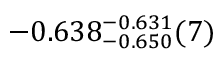
- 0 . 6 3 8 _ { - 0 . 6 5 0 } ^ { - 0 . 6 3 1 } ( 7 )